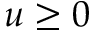
u \geq 0